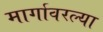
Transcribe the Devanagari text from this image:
मार्गावरल्या